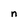
Character: n